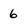
Character: 6